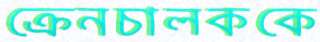
ক্রেনচালককে